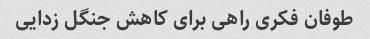
طوفان فکری راهی برای کاهش جنگل زدایی